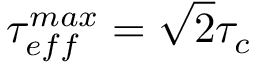
\tau _ { e f f } ^ { m a x } = \sqrt { 2 } \tau _ { c }